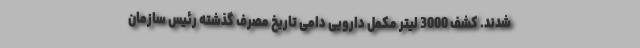
شدند. کشف 3000 لیتر مکمل دارویی دامی تاریخ مصرف گذشته رئیس سازمان